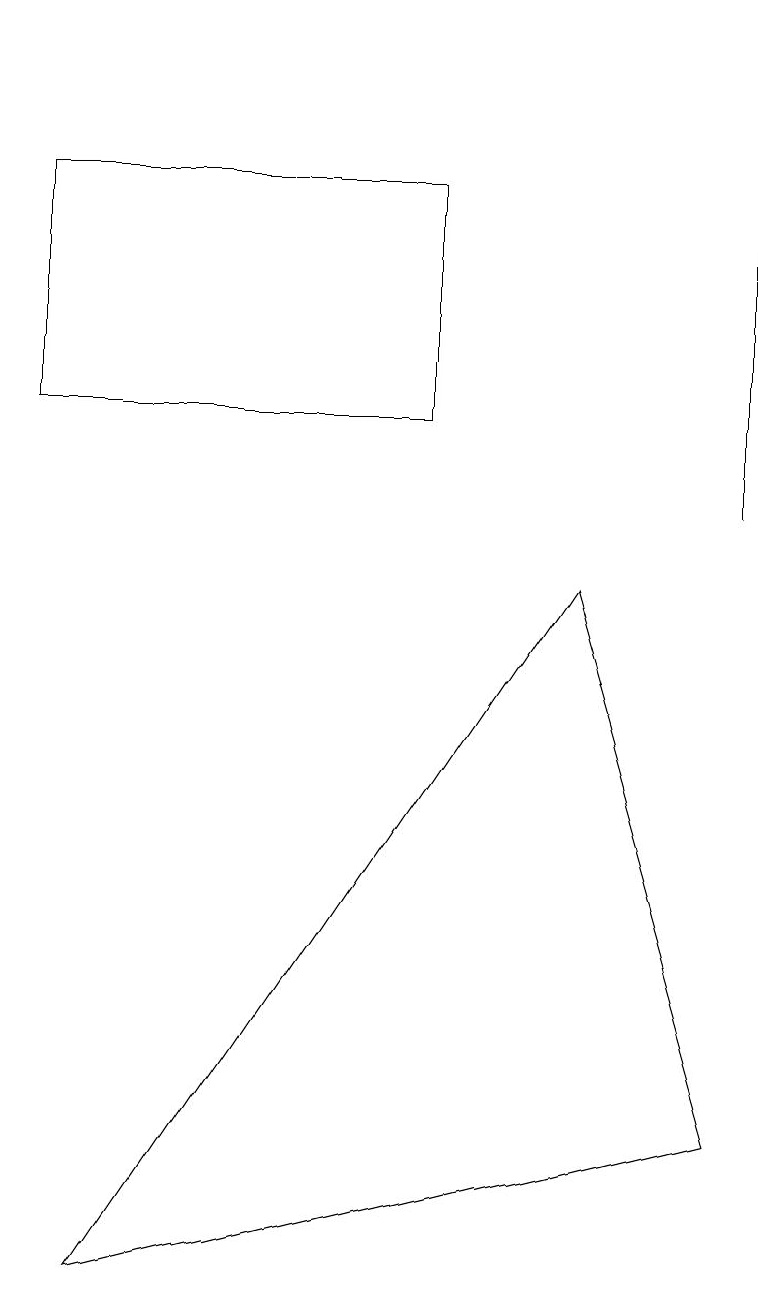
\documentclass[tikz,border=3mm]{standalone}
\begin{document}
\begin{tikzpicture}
\draw (9,10) rectangle (9,16);
\draw (9,2) -- (1,0) -- (7,9) -- cycle;
\draw (5,14) rectangle (0,11);
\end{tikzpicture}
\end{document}